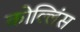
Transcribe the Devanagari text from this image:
कोल्लिंस